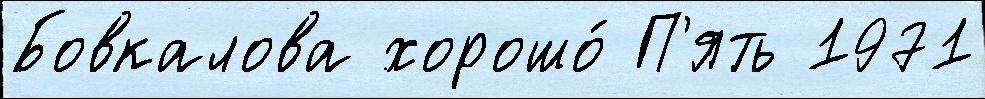
Бовкалова хорошо́ П'ять 1971